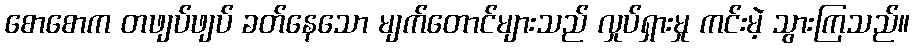
စောစောက တဖျပ်ဖျပ် ခတ်နေသော မျက်တောင်များသည် လှုပ်ရှားမှု ကင်းမဲ့ သွားကြသည်။